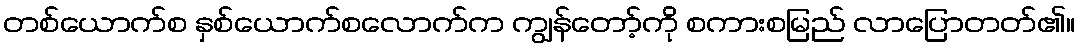
တစ်ယောက်စ နှစ်ယောက်စလောက်က ကျွန်တော့်ကို စကားစမြည် လာပြောတတ်၏။